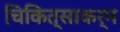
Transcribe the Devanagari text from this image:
चिकित्साकर्म